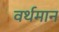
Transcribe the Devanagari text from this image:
वर्थमान